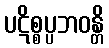
ပဋိစ္စပ္ပဘဝန္တိ